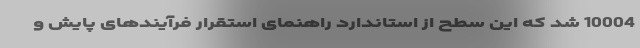
10004 شد که این سطح از استاندارد راهنمای استقرار فرآیندهای پایش و